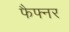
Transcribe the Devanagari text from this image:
फैफ्नर